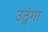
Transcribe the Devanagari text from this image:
उठुंगा